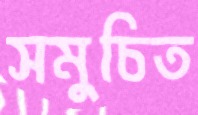
সমুচিত